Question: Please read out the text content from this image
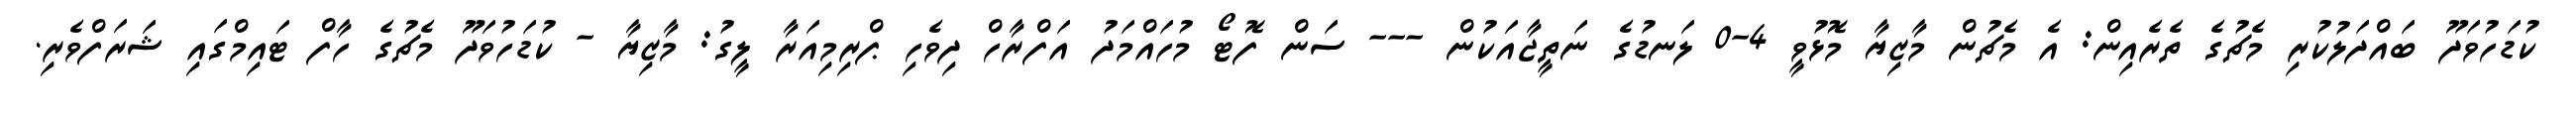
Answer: ކުޑަހުވަދޫ ބައްދަލުކުރި މެޗުގެ ތެރެއިން: އެ މެޗުން މާޒިޔާ މޮޅުވީ 4-0 ލަނޑުގެ ނަތީޖާއަކުން --- ސަން ފޮޓޯ މުހައްމަދު އަފްރާހް ދިވެހި ޕްރިމިއަރާ ލީގު: މާޒިޔާ - ކުޑަހުވަދޫ މެޗުގެ ހާފް ޓައިމްގައި ޝަރަފްވެރި.